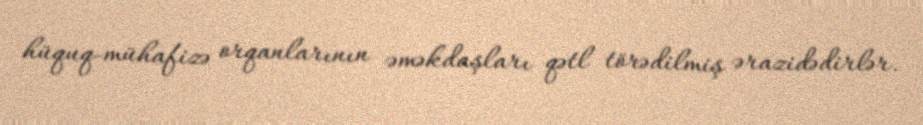
hüquq-mühafizə orqanlarının əməkdaşları qətl törədilmiş ərazidədirlər.